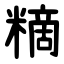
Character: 䊞